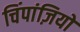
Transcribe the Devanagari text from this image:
चिंपांज़ियों